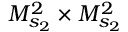
M _ { s _ { 2 } } ^ { 2 } \times M _ { s _ { 2 } } ^ { 2 }